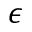
\epsilon